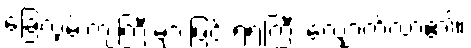
ခြေလှမ်းကျဲကြီးများဖြင့် ရဲရဲကြီး လျှောက်လာ၏။